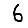
Digit: 6